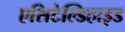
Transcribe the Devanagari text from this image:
एसिटेल्डिहाइड